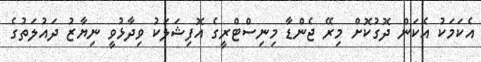
އެކަމަކު އެކަން ދޮގުކޮށް މިރޭ ޖެންޑާ މިނިސްޓްރީގެ އޮފިޝަލަކު ވިދާޅުވީ ނިޔާޒު ދައުލަތުގެ